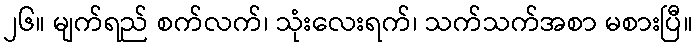
၂၆။ မျက်ရည် စက်လက်၊ သုံးလေးရက်၊ သက်သက်အစာ မစားပြီ။